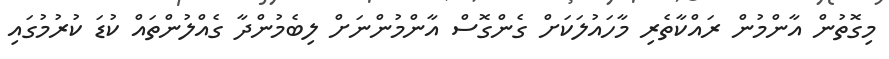
މިގޮތުން އާންމުން ރައްކާތެރި މާހައުލަކަށް ގެންގޮސް އާންމުންނަށް ލިބެމުންދާ ގެއްލުންތައް ކުޑަ ކުރުމުގައި